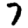
Digit: 7